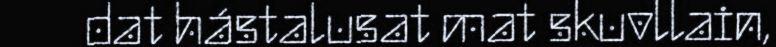
dat hástalusat mat skuvllain,